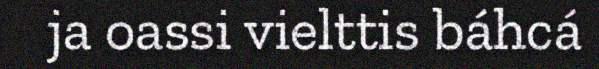
ja oassi vielttis báhcá